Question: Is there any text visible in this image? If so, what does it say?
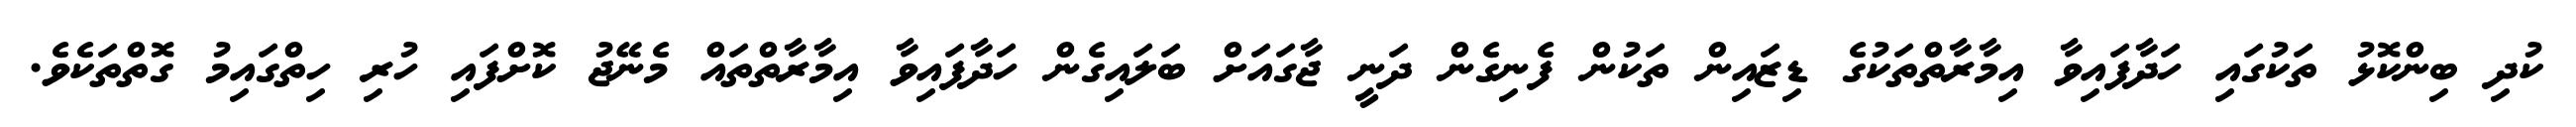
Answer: ކުދި ބިންކޮޅު ތަކުގައި ހަދާފައިވާ އިމާރާތްތަކުގެ ޑިޒައިން ތަކުން ފެނިގެން ދަނީ ޖާގައަށް ބަލައިގެން ހަދާފައިވާ އިމާރާތްތައް މެނޭޖު ކޮށްފައި ހުރި ހިތްގައިމު ގޮތްތަކެވެ.